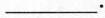
___.